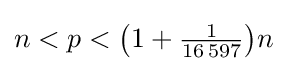
n<p<{\bigl (}1+{\tfrac {1}{16\,597}}{\bigr )}n